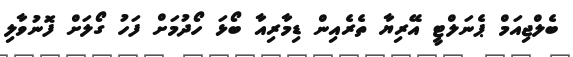
ބެލްޖިއަމް ޕެނަލްޓީ އޭރިޔާ ތެރެއިން ޑިމާރިއާ ބޯޅަ ހޯދުމަށް ފަހު ގޯލަށް ފޮނުވާލި